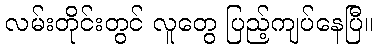
လမ်းတိုင်းတွင် လူတွေ ပြည့်ကျပ်နေပြီ။